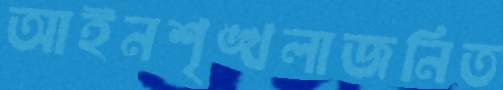
আইনশৃঙ্খলাজনিত